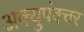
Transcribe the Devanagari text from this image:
अक्युपंक्चर